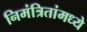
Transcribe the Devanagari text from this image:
निमंत्रितांमध्ये